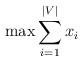
LaTeX: \begin{align*}\max \sum\limits_{i = 1}^{|V|} {x_i } \end{align*}